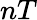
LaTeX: nT